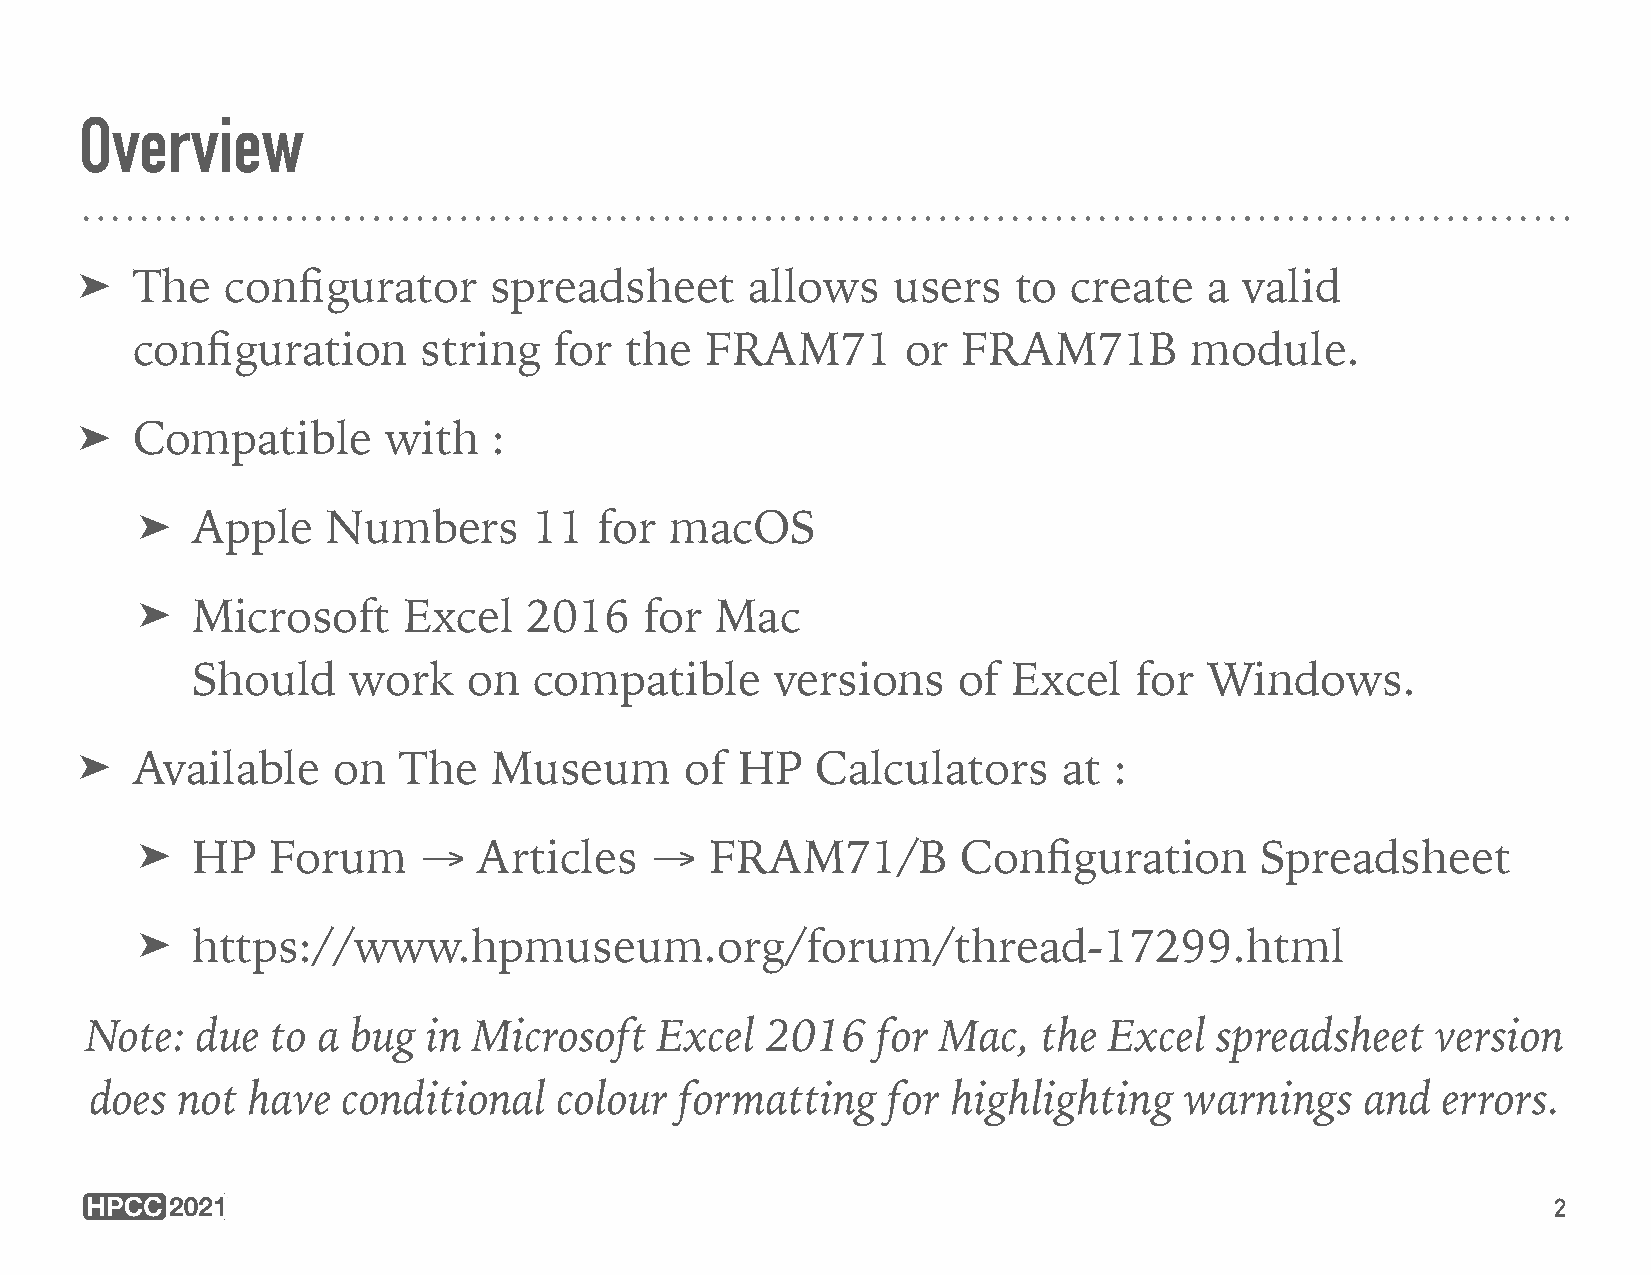
Overview
 ➤   The   configurator     spreadsheet       allows   users   to  create   a valid
 configuration      string   for the   FRAM71       or  FRAM71B        module.
 ➤   Compatible       with   :
 ➤   Apple    Numbers      11   for macOS
 ➤   Microsoft     Excel   2016    for Mac
 Should    work    on  compatible      versions    of  Excel   for  Windows.
 ➤   Available    on  The   Museum       of  HP   Calculators     at  :
 ➤   HP   Forum     →   Articles   →   FRAM71/B         Configuration      Spreadsheet
 ➤   https://www.hpmuseum.org/forum/thread-17299.html
 Note:  due  to a bug  in Microsoft    Excel  2016   for Mac,   the Excel  spreadsheet    version
 does  not have   conditional   colour  formatting    for highlighting   warnings    and  errors.
 2